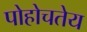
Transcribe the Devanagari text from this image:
पोहोचतेय